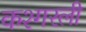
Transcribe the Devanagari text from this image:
कश्गरली